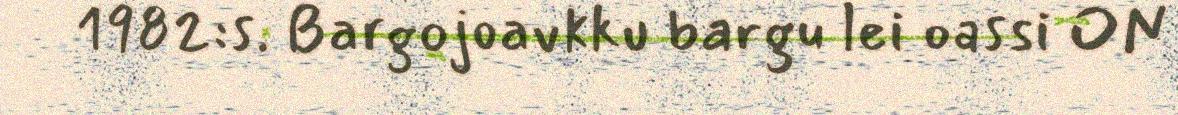
1982:s. Bargojoavkku bargu lei oassi ON